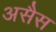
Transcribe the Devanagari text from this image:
असैस